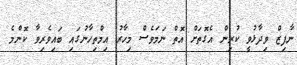
ނާފިޒް ވިދާޅުވީ ކުރިން އެގޮތަށް އޮތް ނަމަވެސް މިހާރު އިމްތިހާނުގައި ބައިވެރިވާ ކޮންމެ